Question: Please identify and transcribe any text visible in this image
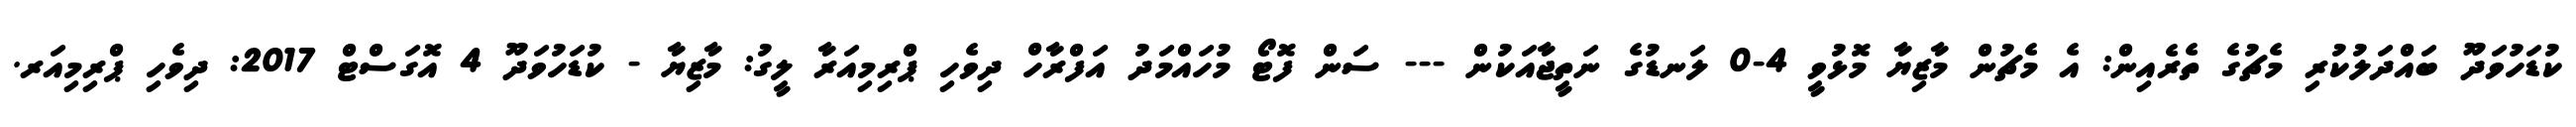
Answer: ކުޑަހުވަދޫ ބައްދަލުކުރި މެޗުގެ ތެރެއިން: އެ މެޗުން މާޒިޔާ މޮޅުވީ 4-0 ލަނޑުގެ ނަތީޖާއަކުން --- ސަން ފޮޓޯ މުހައްމަދު އަފްރާހް ދިވެހި ޕްރިމިއަރާ ލީގު: މާޒިޔާ - ކުޑަހުވަދޫ 4 އޮގަސްޓް 2017: ދިވެހި ޕްރިމިއަރ.